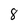
Character: 8